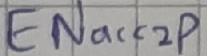
Text: ENacc2p